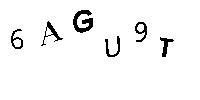
6AGU9T